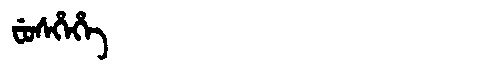
Manchu: ᠸᡠᠰᡥᡝᡥᡝ
Romanization: FUSHEHE